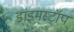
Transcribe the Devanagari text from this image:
डाइमस्टॉप